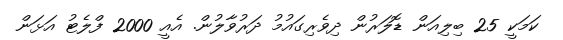
ކަމަކީ 25 ބިލިއަން ޑޮލަރުން ދިވެރިގައުމު ދަރުވާލުން. އެއީ 2000 ފްލެޓު އަޅަން